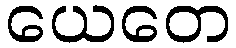
ယေတေ